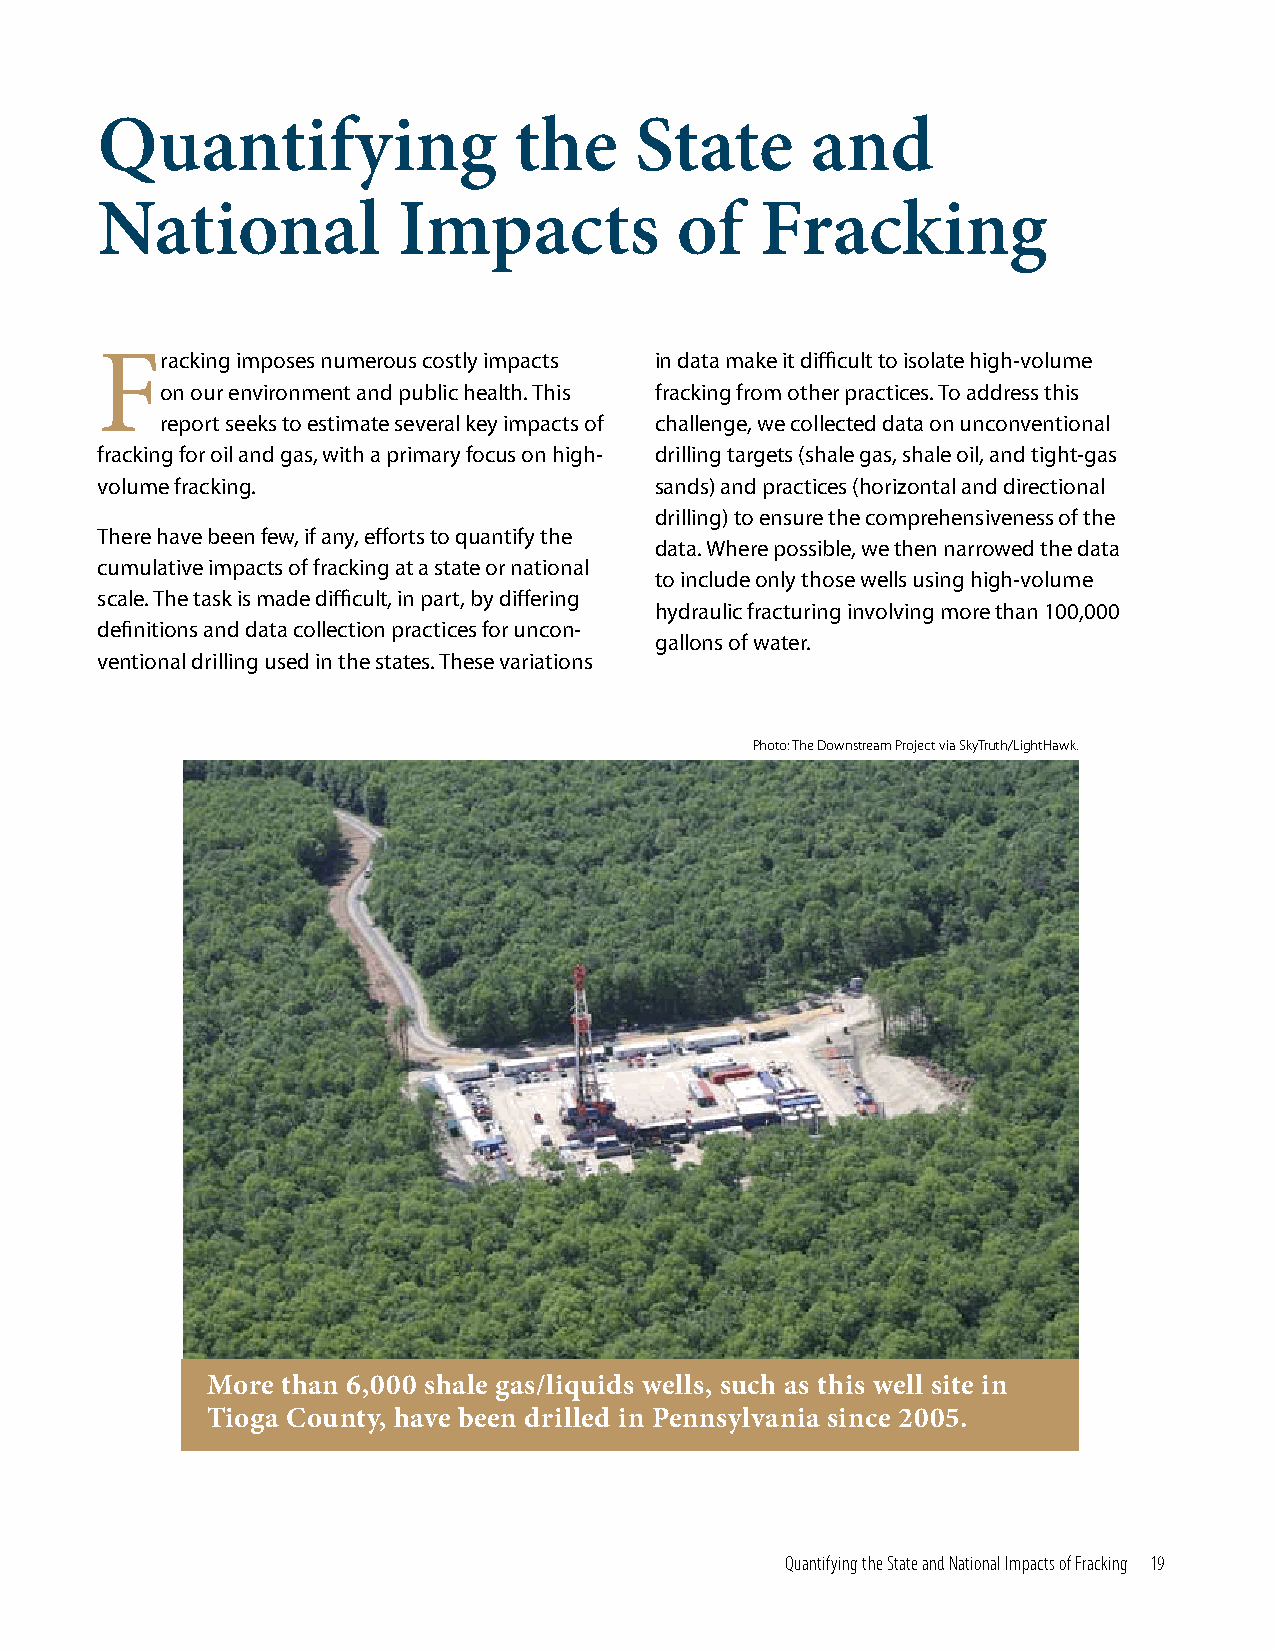
Quantifying                 the     State       and
 National            Impacts            of   Fracking
 Fracking  imposes numerous costly impacts in data make it difficult to isolate high-volume
 on our environment and public health. This fracking from other practices. To address this
 report seeks to estimate several key impacts of challenge, we collected data on unconventional
 fracking for oil and gas, with a primary focus on high- drilling targets (shale gas, shale oil, and tight-gas
 volume fracking.                     sands) and practices (horizontal and directional
 drilling) to ensure the comprehensiveness of the
 There have been few, if any, efforts to quantify the
 data. Where possible, we then narrowed the data
 cumulative impacts of fracking at a state or national
 to include only those wells using high-volume
 scale. The task is made difficult, in part, by differing
 hydraulic fracturing involving more than 100,000
 definitions and data collection practices for uncon-
 gallons of water.
 ventional drilling used in the states. These variations
 Photo: The Downstream Project via SkyTruth/LightHawk.
 More than 6,000 shale gas/liquids wells, such as this well site in
 Tioga County, have been drilled in Pennsylvania since 2005.
 Quantifying the State and National Impacts of Fracking 19